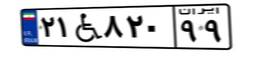
۲۱W۸۲۰۹۹